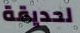
لحديقة